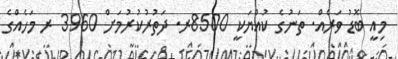
މިއީ ބޮޑު ވަރެއް. ތަނުގެ ކުއްޔަކީ 8500ރ. ދަތުރުކުރުމަށް 3960 ރ މަހެއްގެ